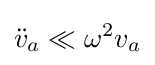
{\ddot {v}}_{a}\ll \omega ^{2}v_{a}